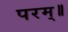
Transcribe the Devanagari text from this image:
परम्॥